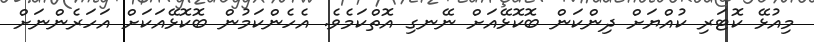
މިއުޅޭ ކޮޓަރި ކުއްޔަށް ދިންކަން ބޮކޮޅޭއަށް ނޭނގި އޮތްކަމެވެ. އެހެންކަމުން ބޮކޮޅޭއަކަށް އަހަރެންނަށް